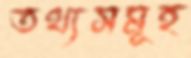
তথ্যসমূহ